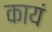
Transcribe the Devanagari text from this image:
कायं